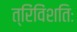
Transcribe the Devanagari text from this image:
त्रिंविंशतिः